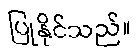
ပြုနိုင်သည်။